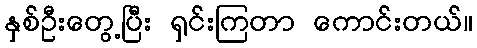
နှစ်ဦးတွေ့ပြီး ရှင်းကြတာ ကောင်းတယ်။